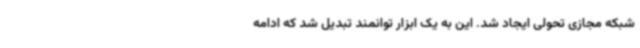
شبکه مجازی تحولی ایجاد شد. این به یک ابزار توانمند تبدیل شد که ادامه